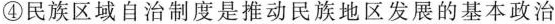
④ 民族区域自治制度是推动民族地区发展的基本政治